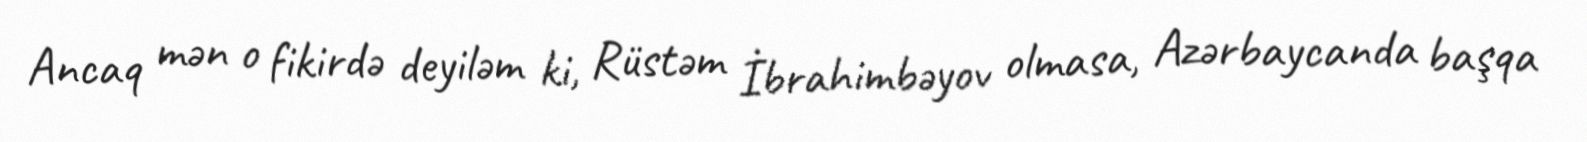
Ancaq mən o fikirdə deyiləm ki, Rüstəm İbrahimbəyov olmasa, Azərbaycanda başqa